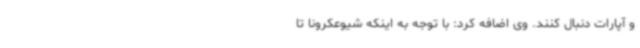
و آپارات دنبال کنند. وی اضافه کرد: با توجه به اینکه شیوعکرونا تا